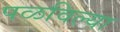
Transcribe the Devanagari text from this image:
पळविल्या